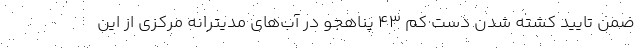
ضمن تایید کشته شدن دست کم ۴۳ پناهجو در آب‌های مدیترانه مرکزی از این